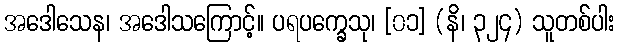
အဒေါသေန၊ အဒေါသကြောင့်။ ပရပက္ခေသု၊ [၀၁] (နိ၊ ၃၂၄) သူတစ်ပါး